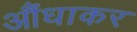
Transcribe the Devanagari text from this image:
औंधाकर